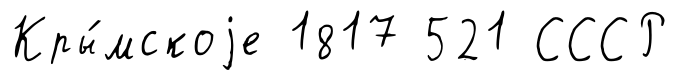
Кры́мскоjе 1817 521 СССР